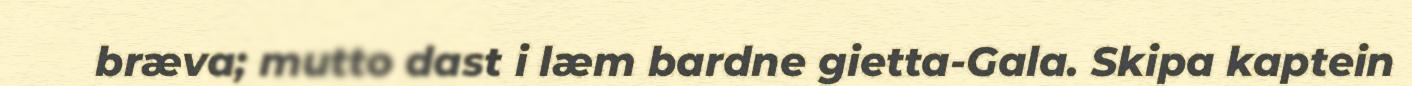
bræva; mutto dast i læm bardne gietta-Gala. Skipa kaptein